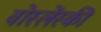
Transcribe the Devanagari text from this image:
वोस्लेंस्की